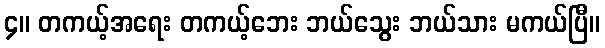
၄။ တကယ့်အရေး တကယ့်ဘေး ဘယ်သွေး ဘယ်သား မကယ်ပြီ။